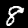
Digit: 8